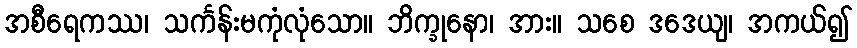
အစီရေကဿ၊ သင်္ကန်းမကုံလုံသော။ ဘိက္ခုနော၊ အား။ သစေ ဒဒေယျ၊ အကယ်၍